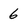
Character: 6